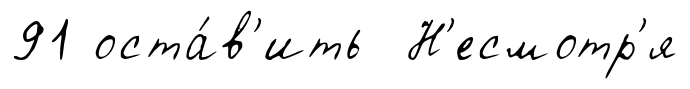
91 оста́в'ить Н'есмотр'я